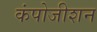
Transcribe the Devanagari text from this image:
कंपोजीशन